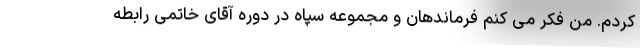
کردم. من فکر می کنم فرماندهان و مجموعه سپاه در دوره آقای خاتمی رابطه